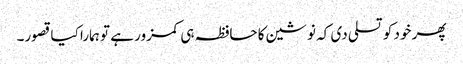
پھر خود کو تسلی دی کہ نوشین کا حافظہ ہی کمزور ہے تو ہمارا کیا قصور۔